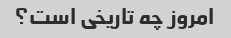
امروز چه تاریخی است؟